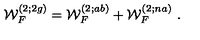
{ \cal W } _ { F } ^ { ( 2 ; 2 g ) } = { \cal W } _ { F } ^ { ( 2 ; a b ) } + { \cal W } _ { F } ^ { ( 2 ; n a ) } \ .